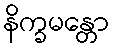
နိက္ခမန္တော